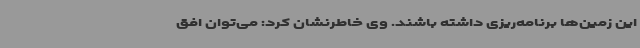
این زمین‌ها برنامه‌ریزی داشته باشند. وی خاطرنشان کرد: می‌توان افق